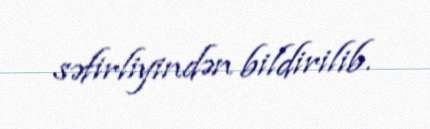
səfirliyindən bildirilib.